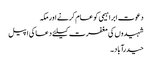
دعوت ابراہیمی کو عام کرنے اور مکہ
شہیدوں کی مغفرت کیلئے دعا کی اپیل
حیدرآباد ۔